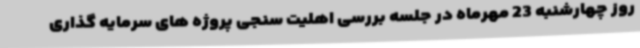
روز چهارشنبه 23 مهرماه در جلسه بررسی اهلیت سنجی پروژه های سرمایه گذاری